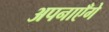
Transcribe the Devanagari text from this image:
अपनाएँगे